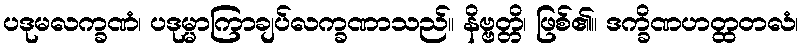
ပဒုမလက္ခဏံ၊ ပဒုမ္မာကြာချပ်လက္ခဏာသည်။ နိဗ္ဗတ္တိ၊ ဖြစ်၏။ ဒက္ခိဏဟတ္ထတလံ၊